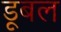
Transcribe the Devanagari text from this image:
डूबल